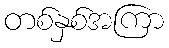
တစ်နှစ်အကြာ